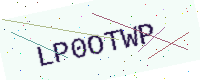
Text: LP0OTWP